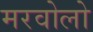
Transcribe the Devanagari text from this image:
मरवोलो